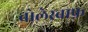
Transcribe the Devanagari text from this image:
बोलेस्वाफ़